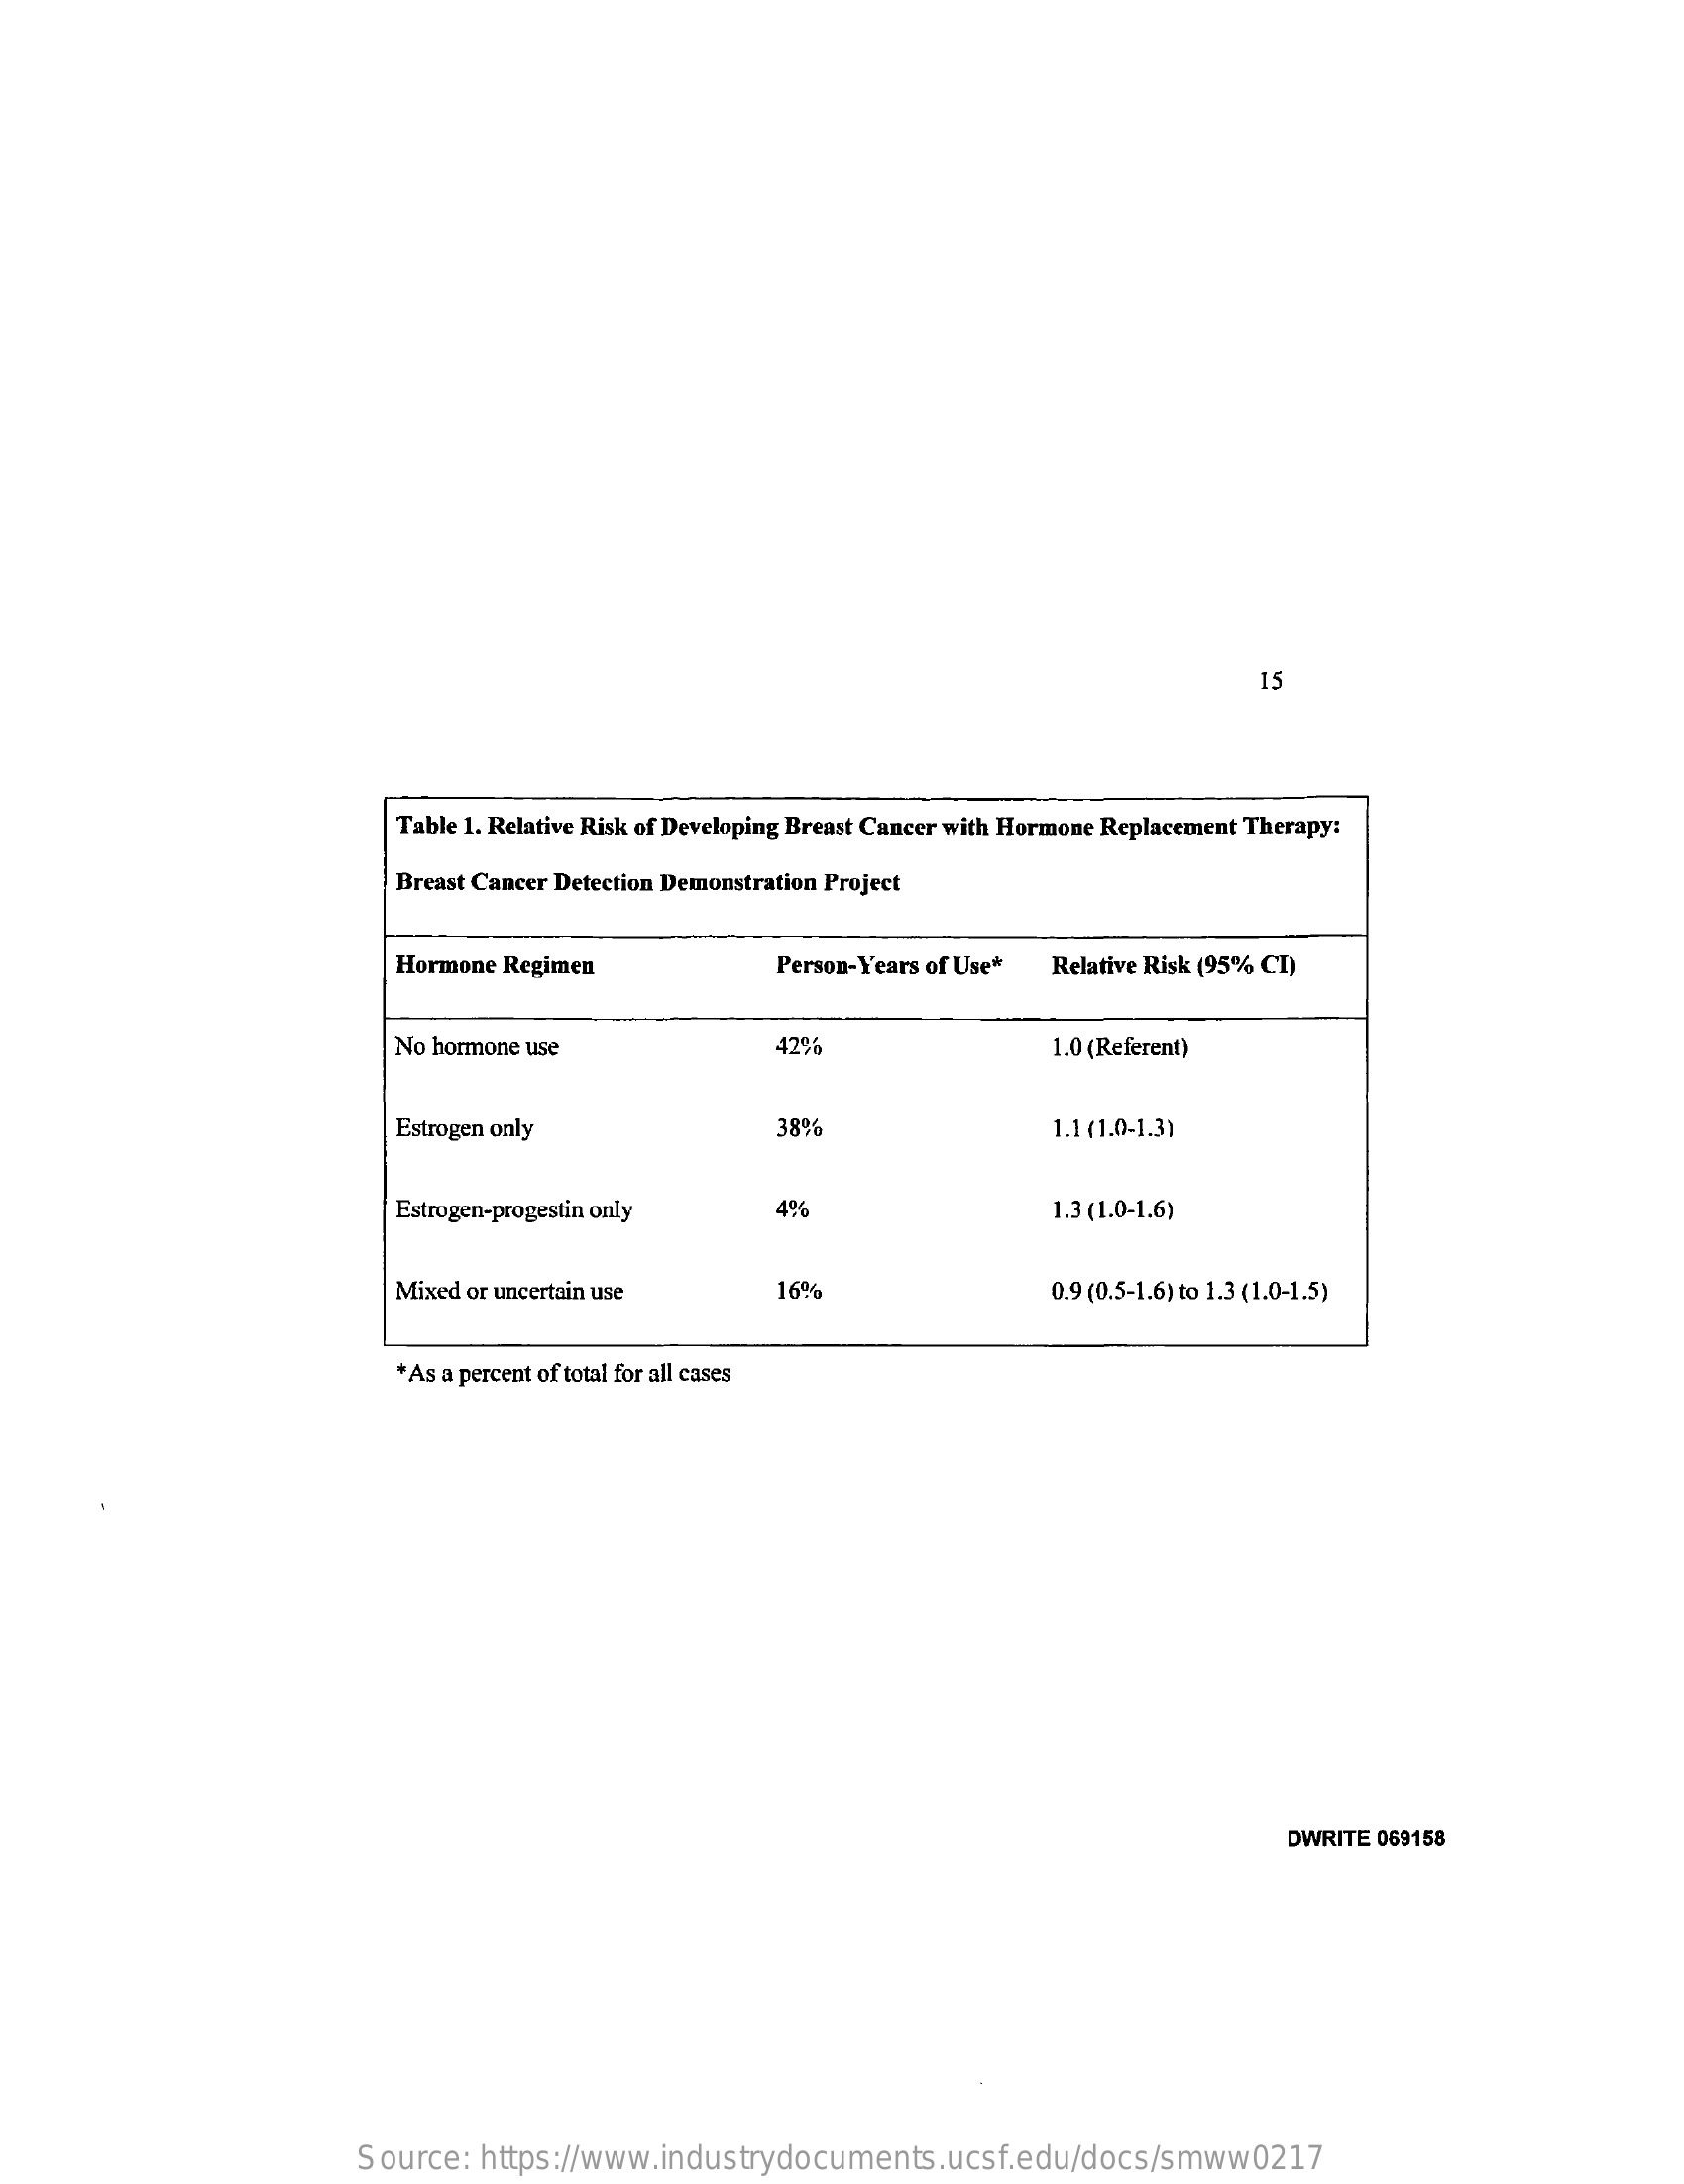
15
     Table 1. Relative Risk of Developing Breast Cancer with Hormone Replacement Therapy:
     Breast Cancer Detection Demonstration Project
     Hormone Regimen    Person-Years of Use* Relative Risk (95% CI)
     No hormone use    429%    1.0 (Referent)
     Estrogen only    38%    1.1 (1.0-1.3)
     Estrogen-progestin only    4%    1.3 (1.0-1.6)
     Mixed or uncertain use    16%    0.9 (0.5-1.6) to 1.3 (1.0-1.5)
     As a percent of total for all cases
     DWRITE 069158
     Source:   https://www.industrydocuments.ucsf.edu/docs/smww0217